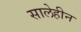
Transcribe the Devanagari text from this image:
सालेहीन